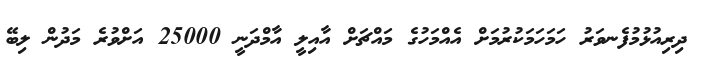
ދިރިއުޅުމުފެނވަރު ހަމަހަމަކުރުމަށް އެއްމަހުގެ މައްޗަށް އާއިލީ އާމްދަނީ 25000 އަށްވުރެ މަދުން ލިބޭ